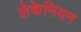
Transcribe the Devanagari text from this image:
लेकेनियन